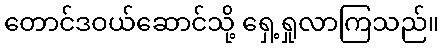
တောင်ဒဝယ်ဆောင်သို့ ရှေ့ရှုလာကြသည်။